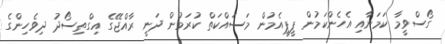
ގޯސްވީމާ ކަމަށާއި އެހެންކަމުން ޕީޕީއެމުން މަސައްކަތް ކުރަމުން ދަނީ ރާއްޖޭގެ އިގްތިސޯދު ދިވެހިންގެ